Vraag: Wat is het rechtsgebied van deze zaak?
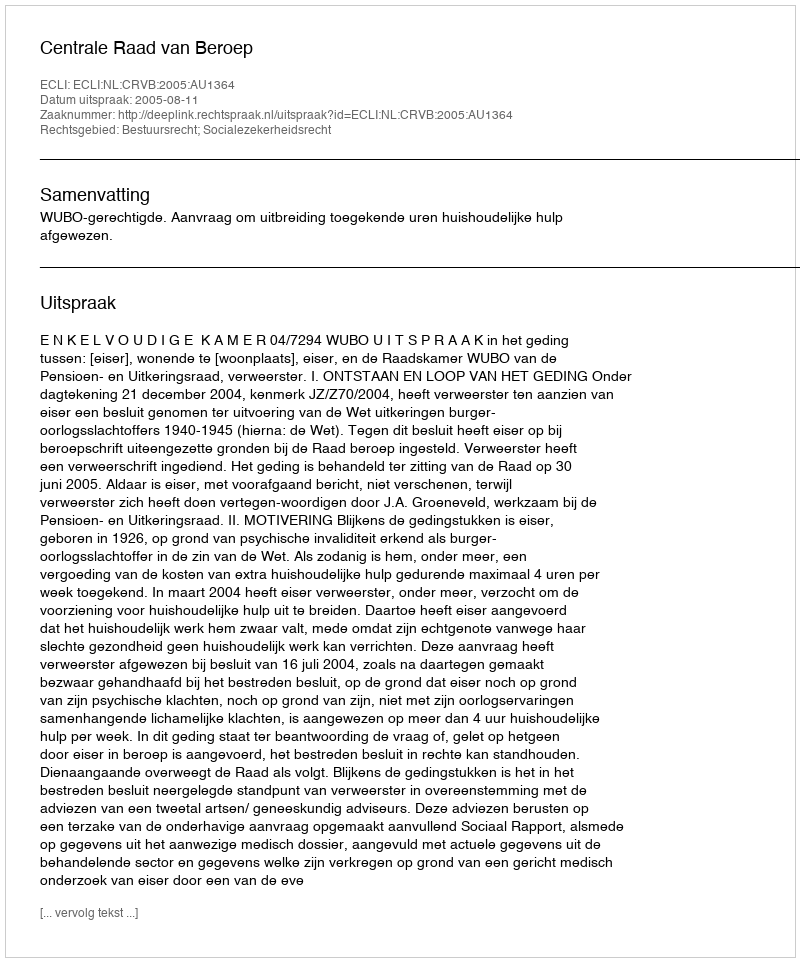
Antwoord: Bestuursrecht; Socialezekerheidsrecht